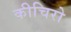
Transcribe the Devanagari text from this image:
कीचिरो